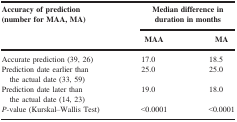
| <ROWSPAN=2> Accuracy of prediction (number for MAA, MA) | <COLSPAN=2> Median difference in duration in months |
 | MAA | MA |
 | --- | --- | --- |
 | Accurate prediction (39, 26) | 17.0 | 18.5 |
 | Prediction date earlier than the actual date (33, 59) | 25.0 | 25.0 |
 | Prediction date later than the actual date (14, 23) | 19.0 | 18.0 |
 | P‐value (Kurskal–Wallis Test) | <0.0001 | <0.0001 |